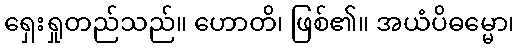
ရှေးရှုတည်သည်။ ဟောတိ၊ ဖြစ်၏။ အယံပိဓမ္မော၊